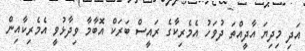
އަދި މިދިޔަ އާދީއްތަ ދުވަހު އެމެރިކާގެ ރައީސް ބަރަކް އޮބާމާ ވިދާޅުވީ އެމެރިކާއިން